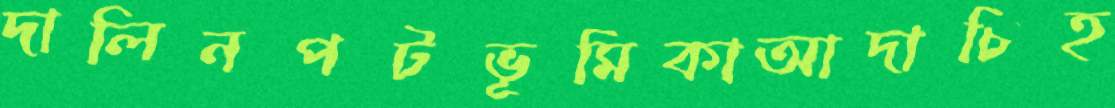
দালিনপটভূমিকাআদাচিহ